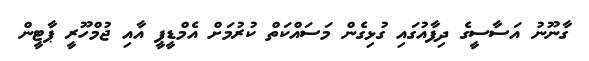
ގާނޫނު އަސާސީގެ ދިފާއުގައި ގުޅިގެން މަސައްކަތް ކުރުމަށް އެމްޑީޕީ އާއި ޖުމްހޫރީ ޕާޓީން